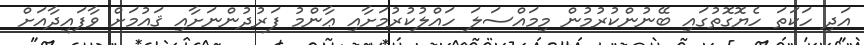
އަދި ހަކަތަ ހެޔޮގޮތުގައި ބޭނުންކުރުމުން މިމައްސަލަ ހައްލުކުރުމަށާއި ޢާންމު ފަރުދުންނަށާއި ޤައުމަށް ވާފައިދާއަށް